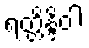
ရတ္တိန္ဒိဝါ